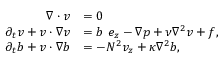
\begin{array} { r l } { \boldsymbol { \nabla } \cdot \boldsymbol { v } } & { = 0 } \\ { \partial _ { t } \boldsymbol { v } + \boldsymbol { v } \cdot \boldsymbol { \nabla } \boldsymbol { v } } & { = b ~ \boldsymbol { e } _ { z } - \boldsymbol { \nabla } p + \nu \nabla ^ { 2 } \boldsymbol { v } + \boldsymbol { f } , } \\ { \partial _ { t } { b } + \boldsymbol { v } \cdot \boldsymbol { \nabla } b } & { = - N ^ { 2 } v _ { z } + \kappa \nabla ^ { 2 } { b } , } \end{array}